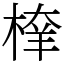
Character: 𣖂